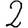
Digit: 2